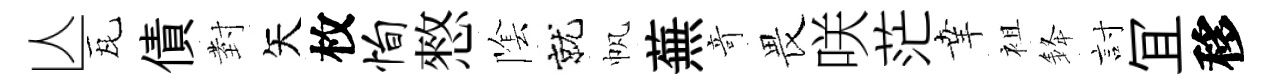
亾瓦債𭔹矢枚恂憗隂就帆蕪竒畏咲茫𦍒袓𨦟討冝移